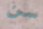
سن